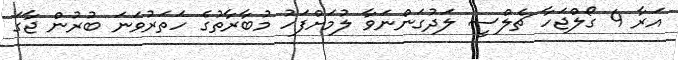
އަރާ 4 ގޯލްޖަހާ ޗެލްސީ ލަދުގަންނަވާ ލުމަށްފަހު މުބާރާތުގެ ހަތަރުވަނަ ބުރުން ޖާގަ